Report of the Indian Hemp Drugs Commission, 1894-1895 - Volume V
Year: 1894
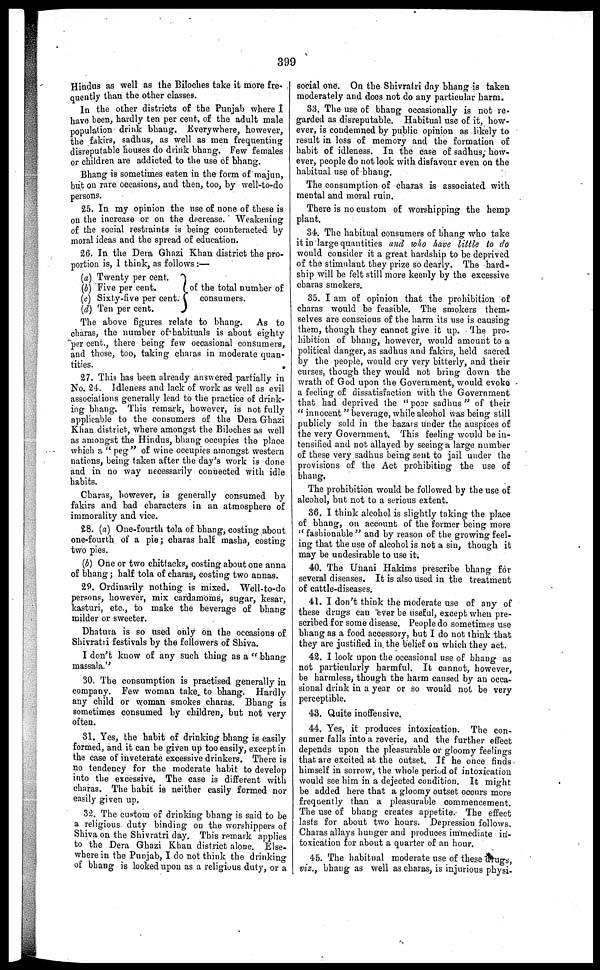
399
Hindus as well as the Biloches take it more fre-
quently than the other classes.
In the other districts of the Punjab where I
have been, hardly ten per cent. of the adult male
population drink bhang. Everywhere, however,
the fakirs, sadhus, as well as men frequenting
disreputable houses do drink bhang. Few females
or children are addicted to the use of bhang.
Bhang is sometimes eaten in the form of majun,
but on rare occasions, and then, too, by well-to-do
persons.
25. In my opinion the use of none of these is
on the increase or on the decrease. Weakening
of the social restraints is being counteracted by
moral ideas and the spread of education.
26. In the Dera Ghazi Khan district the pro-
portion is, 1 think, as follows:—
(a) Twenty per cent.
(b) Five per cent.
(c) Sixty-five per cent.
(d) Ten per cent.
of the total number of
consumers.
The above figures relate to bhang. As to
charas, the number of habituals is about eighty
per cent., there being few occasional consumers,
and those, too, taking charas in moderate quan-
tities.
27. Thi9 has been already answered partially in
No. 24. Idleness and lack of work as well as evil
associations generally lead to the practice of drink-
ing bhang. This remark, however, is not fully
applicable to the consumers of the Dera Ghazi
Khan district, where amongst the Biloches as well
as amongst the Hindus, bhang occupies the place
which a "peg" of wine occupies amongst western
nations, being taken after the day's work is done
and in no way necessarily connected with idle
habits.
Charas, however, is generally consumed by
fakirs and bad characters in an atmosphere of
immorality and vice.
28. (a) One-fourth tola of bhang, costing about
one-fourth of a pie; charas half masha, costing
two pies.
(b) One or two chittacks, costing about one anna
of bhang; half tola of charas, costing two annas.
29. Ordinarily nothing is mixed. Well-to-do
persons, however, mix cardamoms, sugar, kesar,
kasturi, etc., to make the beverage of bhang
milder or sweeter.
Dhatura is so used only on the occasions of
Shivratri festivals by the followers of Shiva.
I don't know of any such thing as a "bhang
massala."
30. The consumption is practised generally in
company. Few woman take to bhang. Hardly
any child or woman smokes charas. Bhang is
sometimes consumed by children, but not very
often.
81. Yes, the habit of drinking bhang is easily
formed, and it can be given up too easily, except in
the case of inveterate excessive drinkers. There is
no tendency for the moderate habit to develop
into the excessive. The case is different with
charas. The habit is neither easily formed nor
easily given up.
32. The custom of drinking bhang is said to be
a religious duty binding on the worshippers of
Shiva on the Shivratri day. This remark applies
to the Dera Ghazi Khan district alone. Else-
where in the Punjab, I do not think the drinking
of bhang is looked upon as a religious duty, or a
social one. On the Shivratri day bhang is taken
moderately and does not do any particular harm.
83. The use of bhang occasionally is not re-
garded as disreputable. Habitual use of it, how-
ever, is condemned by public opinion as likely to
result in loss of memory and the formation of
habit of idleness. In the case of sadhus, how-
ever, people do not look with disfavour even on the
habitual use of bhang.
The consumption of charas is associated with
mental and moral ruin.
There is no custom of worshipping the hemp
plant.
34. The habitual consumers of bhang who take
it in large quantities and who have little to do
would consider it a great hardship to be deprived
of the stimulant they prize so dearly. The hard-
ship will be felt still more keenly by the excessive
charas smokers.
35. I am of opinion that the prohibition of
charas would be feasible. The smokers them-
selves are conscious of the harm its use is causing
them, though they cannot give it up. The pro-
hibition of bhang, however, would amount to a
political danger, as sadhus and fakirs, held sacred
by the people, would cry very bitterly, and their
curses, though they would not bring down the
wrath of God upon the Government, would evoke
a feeling of dissatisfaction with the Government
that had deprived the "poor sadhus" of their
"innocent" beverage, while alcohol was being still
publicly sold in the bazars under the auspices of
the very Government. This feeling would be in-
tensified and not allayed by seeing a large number
of these very sadhus being sent to jail under the
provisions of the Act prohibiting the use of
bhang.
The prohibition would be followed by the use of
alcohol, but not to a serious extent.
36. I think alcohol is slightly taking the place
of bhang, on account of the former being more
"fashionable" and by reason of the growing feel-
ing that the use of alcohol is not a sin, though it
may be undesirable to use it.
40. The Unani Hakims prescribe bhang for
several diseases. It is also used in the treatment
of cattle-diseases.
41. I don't think the moderate use of any of
these drugs can ever be useful, except when pre-
scribed for some disease. People do sometimes use
bhang as a food accessory, but I do not think that
they are justified in the belief on which they act.
42. I look upon the occasional use of bhang as
not particularly harmful. It cannot, however,
be harmless, though the harm caused by an occa-
sional drink in a year or so would not be very
perceptible.
43. Quite inoffensive.
44. Yes, it produces intoxication. The con-
sumer falls into a reverie, and the further effect
depends upon the pleasurable or gloomy feelings
that are excited at the outset. If he once finds
himself in sorrow, the whole period of intoxication
would see him in a dejected condition. It might
be added here that a gloomy outset ocours more
frequently than a pleasurable commencement.
The use of bhang creates appetite. The effect
lasts for about two hours. Depression follows.
Charas allays hunger and produces immediate in-
toxication for about a quarter of an hour.
45. The habitual moderate use of these drugs,
viz., bhang as well as charas, is injurious physi-